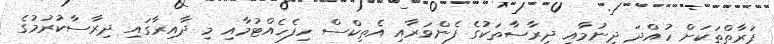
ފަރާތްތަކަށް ހުއްދަ ދިނުމާއި ދިރާސާތަކުގެ ފެންވަރާއި އެތިކްސް ހިފެހެއްޓުމާއި މި ދާއިރާގައި ދިރާސާކުރުމުގެ